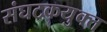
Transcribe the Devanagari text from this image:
संघटकयुक्त